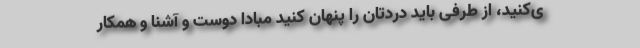
ی‌کنید، از طرفی باید دردتان را پنهان کنید مبادا دوست و آشنا و همکار